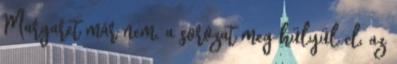
Margaret már nem. a sorozat meg hülyül el, az